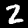
Digit: 2